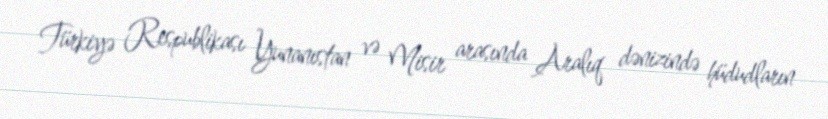
Türkiyə Respublikası Yunanıstan və Misir arasında Aralıq dənizində hüdudların